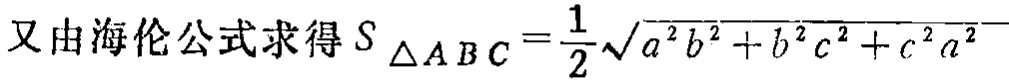
又由海伦公式求得\(S_{\triangle ABC}=\frac{1}{2}\sqrt{a^{2}b^{2}+b^{2}c^{2}+c^{2}a^{2}}\)